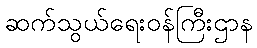
ဆက်သွယ်ရေးဝန်ကြီးဌာန